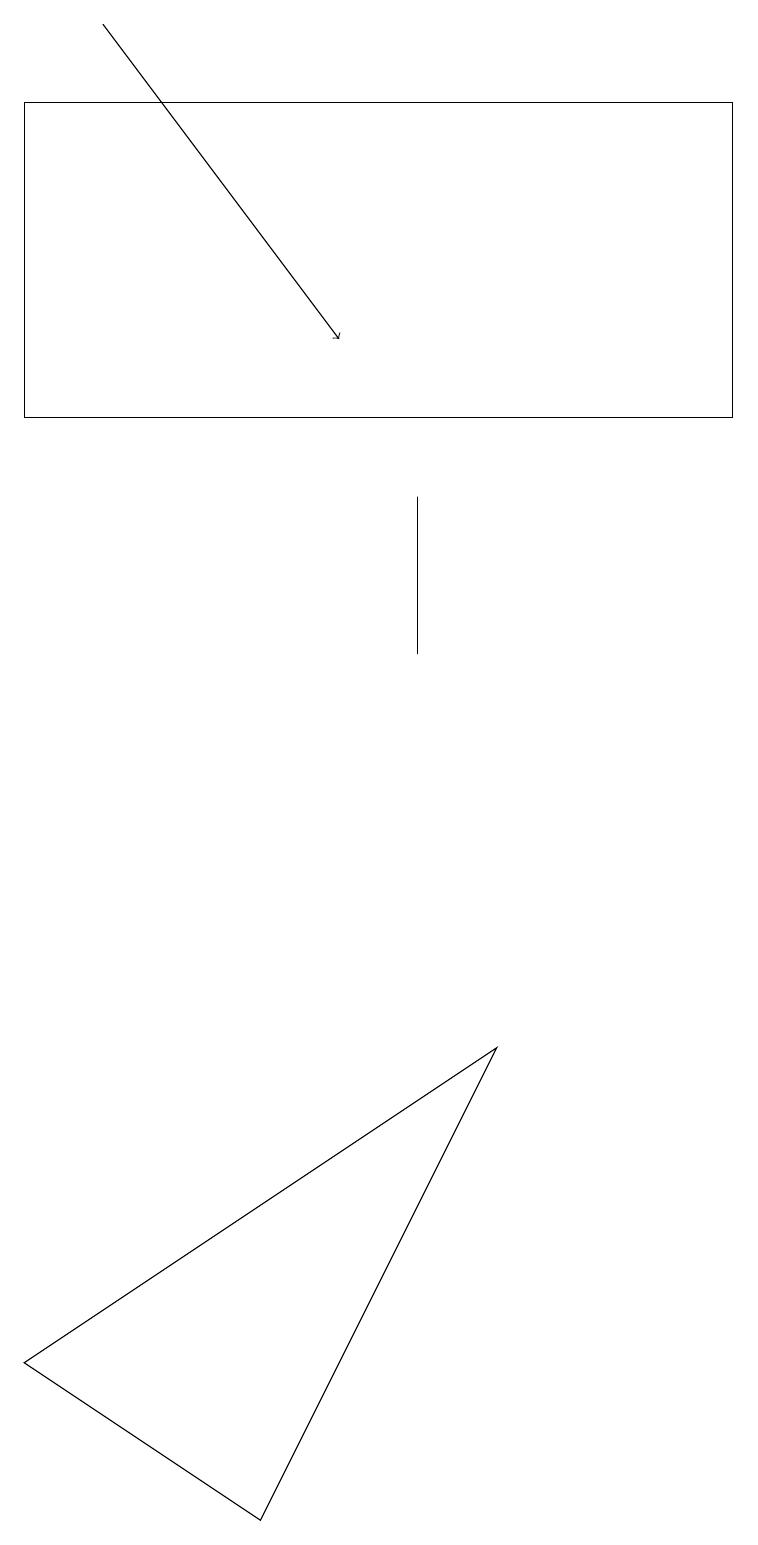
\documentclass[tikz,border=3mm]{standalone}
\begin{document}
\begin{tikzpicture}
\draw (0,17) rectangle (0,15);
\draw[->] (1,19) -- (4,15);
\draw (0,18) rectangle (9,14);
\draw (5,13) rectangle (5,11);
\draw (0,2) -- (3,0) -- (6,6) -- cycle;
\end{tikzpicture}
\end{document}